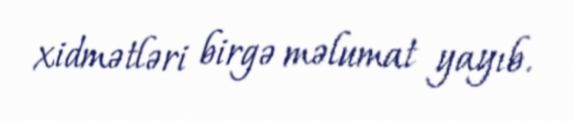
xidmətləri birgə məlumat yayıb.